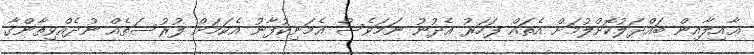
ޢާއިލާއިން ބައްދަލުކޮށްލުމަށް އެތައް ފަހަރު އެދުނު ނަމަވެސް އެމަނިިކުފާނު އެކަމަށް ފުރުސަތެއް ނުދެއްވިތާންގާ